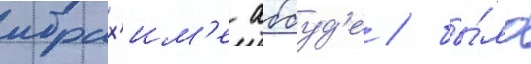
ибрах'им'е аббуд'е / бы́ло